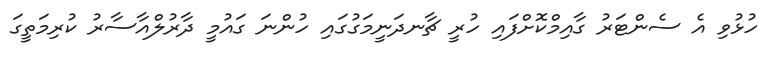
ހުޅުވި އެ ސެންޓަރު ގާއިމްކޮށްފައި ހުރީ ޗާނދަނީމަގުގައި ހުންނަ ގައުމީ ދާރުލްއާސާރު ކުރިމަތީގަ